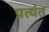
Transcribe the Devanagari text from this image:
प्रत्‍यंत